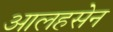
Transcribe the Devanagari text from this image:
आलहसेन